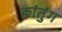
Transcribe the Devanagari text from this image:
क्वांतुंग